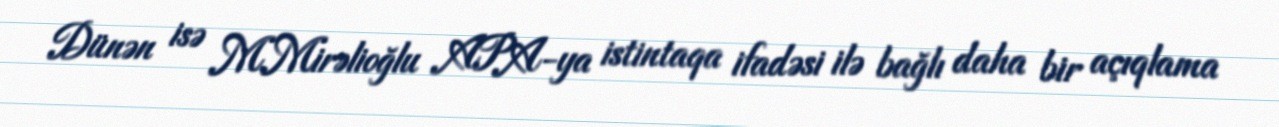
Dünən isə M.Mirəlioğlu APA-ya istintaqa ifadəsi ilə bağlı daha bir açıqlama